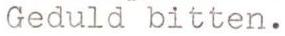
Geduld bitten.